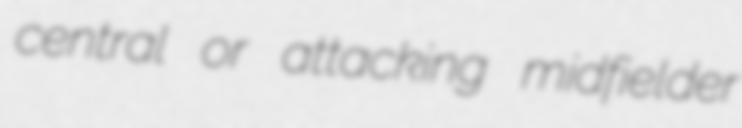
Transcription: central or attacking midfielder